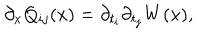
\partial _ { x } Q _ { i j } ( x ) = \partial _ { t _ { i } } \partial _ { t _ { j } } W ( x ) ,